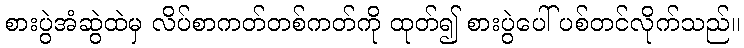
စားပွဲအံဆွဲထဲမှ လိပ်စာကတ်တစ်ကတ်ကို ထုတ်၍ စားပွဲပေါ် ပစ်တင်လိုက်သည်။